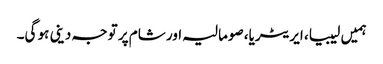
ہمیں لیبیا، ایریٹریا، صومالیہ اور شام پر توجہ دینی ہو گی۔